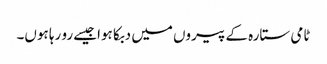
ٹامی ستارہ کے پیروں میں دبکا ہواجیسے رو رہا ہوں۔